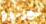
لورنزو